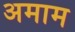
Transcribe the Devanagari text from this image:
अमाम